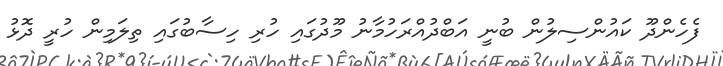
ފެހެންދޫ ކައުންސިލުން ބުނީ އަބްދުއްރަހުމާނު މޫދުގައި ހުރި ހިސާބުގައި ތިލަމިން ހުރީ ދޮޅު